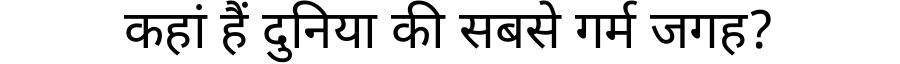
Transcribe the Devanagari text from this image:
कहां हैं दुनिया की सबसे गर्म जगह?